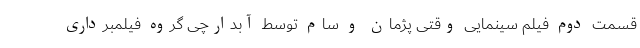
قسمت دوم فیلم سینمایی وقتی پژمان و سام توسط آبدارچی گروه فیلمبرداری